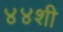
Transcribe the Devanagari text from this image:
४४शी